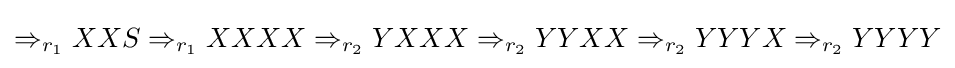
\Rightarrow _{r_{1}}XXS\Rightarrow _{r_{1}}XXXX\Rightarrow _{r_{2}}YXXX\Rightarrow _{r_{2}}YYXX\Rightarrow _{r_{2}}YYYX\Rightarrow _{r_{2}}YYYY